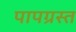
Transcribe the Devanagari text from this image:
पापग्रस्त